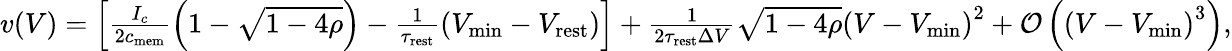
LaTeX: \begin{array}{r}{v(V)=\left[\frac{I_{c}}{2c_{\mathrm{mem}}}\left(1-\sqrt{1-4\rho}\right)-\frac{1}{\tau_{\mathrm{rest}}}\left(V_{\mathrm{min}}-V_{\mathrm{rest}}\right)\right]+\frac{1}{2\tau_{\mathrm{rest}}\Delta V}\sqrt{1-4\rho}\left(V-V_{\mathrm{min}}\right)^{2}+\mathcal{O}\left(\left(V-V_{\mathrm{min}}\right)^{3}\right),}\end{array}